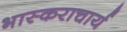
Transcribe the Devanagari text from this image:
भास्‍कराचार्य